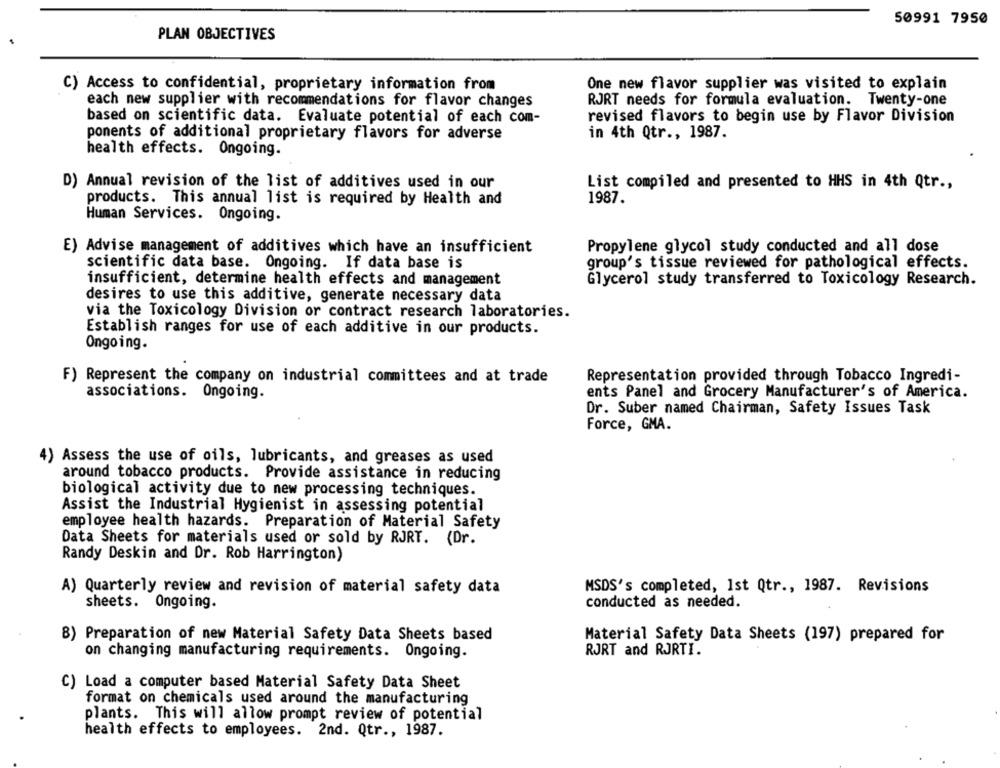
50991 7950
PLAN OBJECTIVES
C) Access to confidential, proprietary information from
One new flavor supplier was visited to explain
RJRT needs for formula evaluation. Twenty-one
each new supplier with recommendations for flavor changes
based on scientific data. Evaluate potential of each com-
revised flavors to begin use by Flavor Division
ponents of additional proprietary flavors for adverse
in 4th Qtr ., 1987.
health effects. Ongoing.
D) Annual revision of the list of additives used in our
List compiled and presented to HHS in 4th Qtr .,
1987.
products. This annual list is required by Health and
Human Services. Ongoing.
E) Advise management of additives which have an insufficient
Propylene glycol study conducted and all dose
scientific data base. Ongoing. If data base is
group's tissue reviewed for pathological effects.
insufficient, determine health effects and management
Glycerol study transferred to Toxicology Research.
desires to use this additive, generate necessary data
via the Toxicology Division or contract research laboratories.
Establish ranges for use of each additive in our products.
Ongoing.
F) Represent the company on industrial committees and at trade
Representation provided through Tobacco Ingredi-
associations. Ongoing.
ents Panel and Grocery Manufacturer's of America.
Dr. Suber named Chairman, Safety Issues Task
Force, GMA.
4)
Assess the use of oils, lubricants, and greases as used
around tobacco products. Provide assistance in reducing
biological activity due to new processing techniques.
Assist the Industrial Hygienist in assessing potential
employee health hazards. Preparation of Material Safety
Data Sheets for materials used or sold by RJRT. (Dr.
Randy Deskin and Dr. Rob Harrington)
A) Quarterly review and revision of material safety data
MSDS's completed, Ist Qtr ., 1987. Revisions
sheets. Ongoing.
conducted as needed.
B) Preparation of new Material Safety Data Sheets based
Material Safety Data Sheets (197) prepared for
on changing manufacturing requirements. Ongoing.
RJRT and RJRTI.
C) Load a computer based Material Safety Data Sheet
format on chemicals used around the manufacturing
plants. This will allow prompt review of potential
health effects to employees. 2nd. Qtr ., 1987.